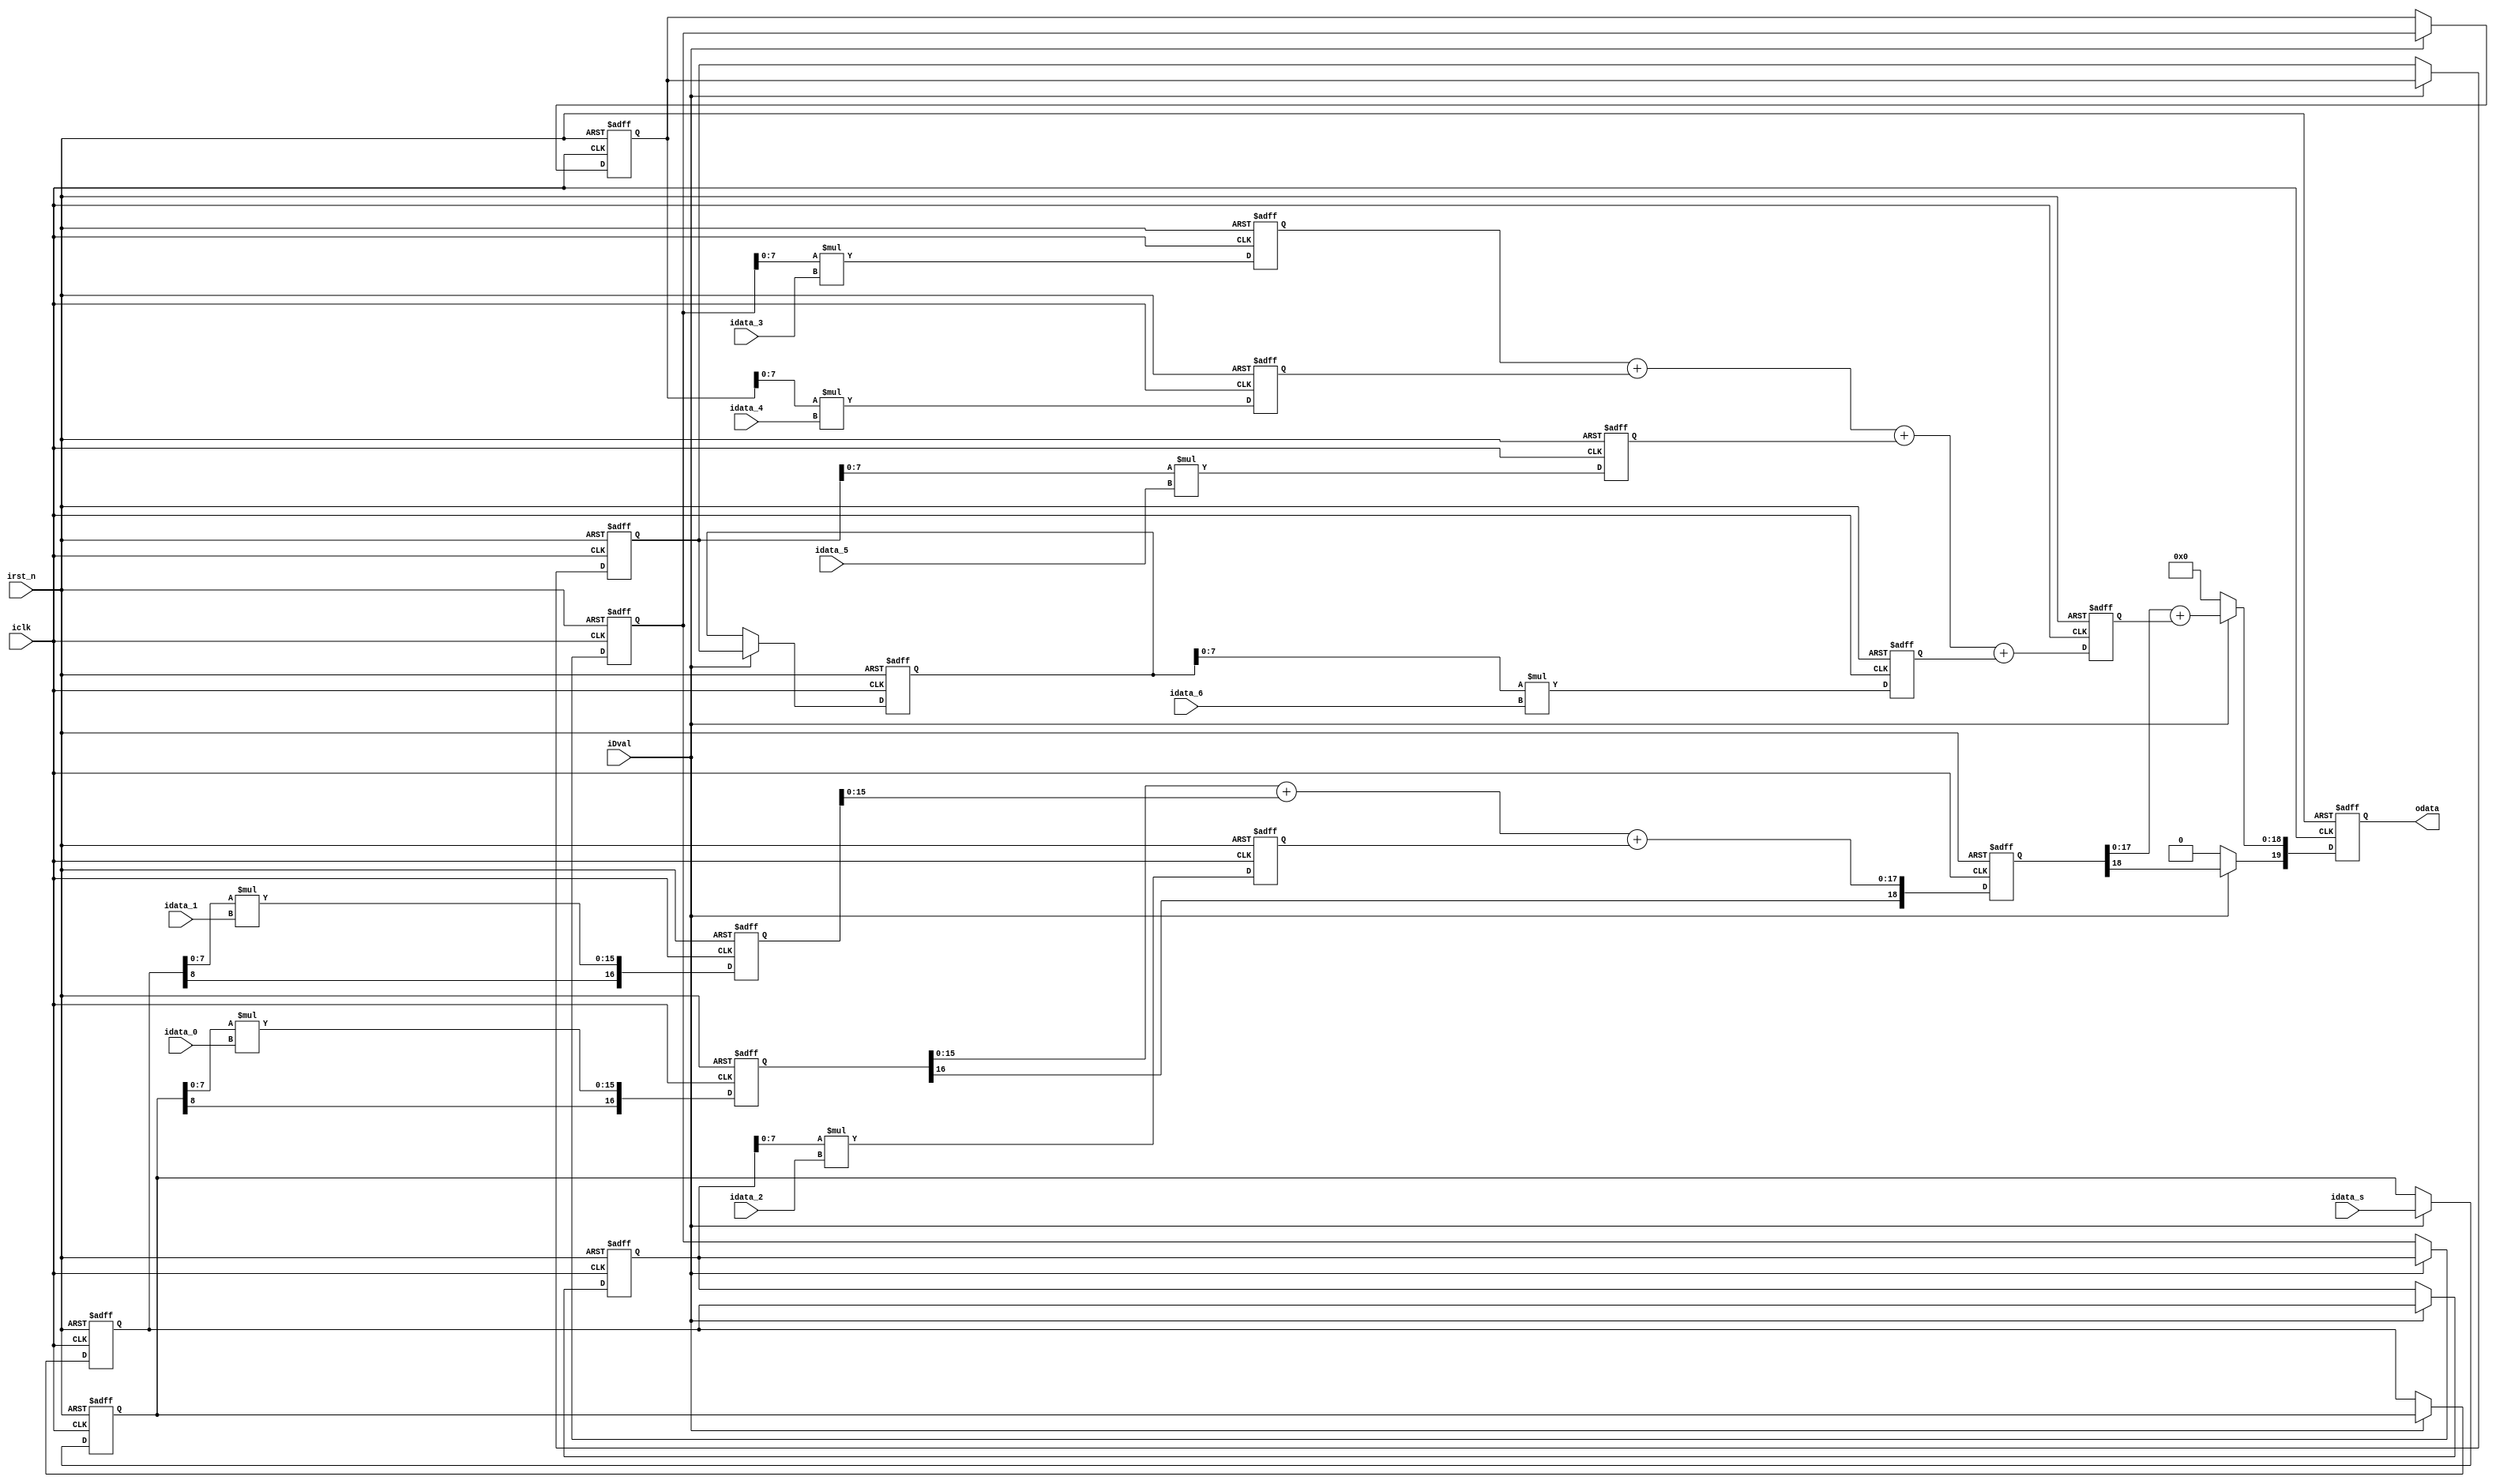
`timescale 1 ps / 1 ps

module MAC_3 (
  input              iclk,
	input              irst_n,
	input              iDval,
	input	     [8:0]   idata_s,
	input	     [7:0]   idata_0,
	input	     [7:0]   idata_1,
	input	     [7:0]   idata_2,
	input	     [7:0]   idata_3,
	input	     [7:0]   idata_4,
	input	     [7:0]   idata_5,
	input	     [7:0]   idata_6,
	output	reg [19:0]  odata
);

reg [8:0]   r_idata_s[6:0];
reg [16:0]  mult[6:0];
reg [18:0]  mult_add[1:0];

integer i;
integer j;

/////////////////////////////////////////////////////////////////////////
//line buffer datahold
always@(posedge iclk or negedge irst_n) begin
  if (!irst_n) begin
    for (i = 0; i < 7; i = i + 1) begin
      r_idata_s[i] <= 0;  
    end
  end
  else begin
    if (iDval) begin  //pipeline hold
      r_idata_s[0] <= idata_s;
      r_idata_s[1] <= r_idata_s[0];
      r_idata_s[2] <= r_idata_s[1];
      r_idata_s[3] <= r_idata_s[2];
      r_idata_s[4] <= r_idata_s[3];
      r_idata_s[5] <= r_idata_s[4];
      r_idata_s[6] <= r_idata_s[5];
    end
    else begin  //hold circuit
      r_idata_s[0] <= r_idata_s[0];
      r_idata_s[1] <= r_idata_s[1];
      r_idata_s[2] <= r_idata_s[2];
      r_idata_s[3] <= r_idata_s[3];
      r_idata_s[4] <= r_idata_s[4];
      r_idata_s[5] <= r_idata_s[5];
      r_idata_s[6] <= r_idata_s[6];
    end
  end  
end
/////////////////////////////////////////////////////////////////////////

always@(posedge iclk or negedge irst_n) begin
  if (!irst_n) begin
    for (j = 0; j < 7; j = j + 1) begin
      mult[j] <= 0;
    end
    mult_add[0] <= 0;
    mult_add[1] <= 0;
    odata <= 0;
  end
  else begin
    mult[0][15:0] <=  r_idata_s[0][7:0] * idata_0;
    mult[1][15:0] <=  r_idata_s[1][7:0] * idata_1;
    mult[2][15:0] <=  r_idata_s[2][7:0] * idata_2;
    mult[3][15:0] <=  r_idata_s[3][7:0] * idata_3;
    mult[4][15:0] <=  r_idata_s[4][7:0] * idata_4;
    mult[5][15:0] <=  r_idata_s[5][7:0] * idata_5;
    mult[6][15:0] <=  r_idata_s[6][7:0] * idata_6;
    mult_add[0][17:0] <= mult[0][15:0] + mult[1][15:0] + mult[2][15:0];
    mult_add[1][17:0] <= mult[3][15:0] + mult[4][15:0] + mult[5][15:0] + mult[6][15:0];
    mult[0][16] <=  r_idata_s[0][8];
    mult[1][16] <=  r_idata_s[1][8];
    mult[2][16] <=  r_idata_s[2][8];
    mult[3][16] <=  r_idata_s[3][8];
    mult[4][16] <=  r_idata_s[4][8];
    mult[5][16] <=  r_idata_s[5][8];
    mult[6][16] <=  r_idata_s[6][8];
    mult_add[0][18] <= mult[0][16];
    mult_add[1][18] <= mult[1][16];
    if (iDval) begin
      odata[18:0] <= mult_add[0][17:0] + mult_add[1][17:0];
      odata[19] <= mult_add[0][18];
    end
    else begin
      odata <= 0;
    end
  end
end

endmodule